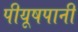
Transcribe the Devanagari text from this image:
पीयूषपानी